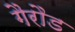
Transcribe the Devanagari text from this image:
गैरौड